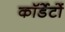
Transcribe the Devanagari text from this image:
कॉर्डेटों